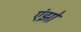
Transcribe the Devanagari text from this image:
एंझो